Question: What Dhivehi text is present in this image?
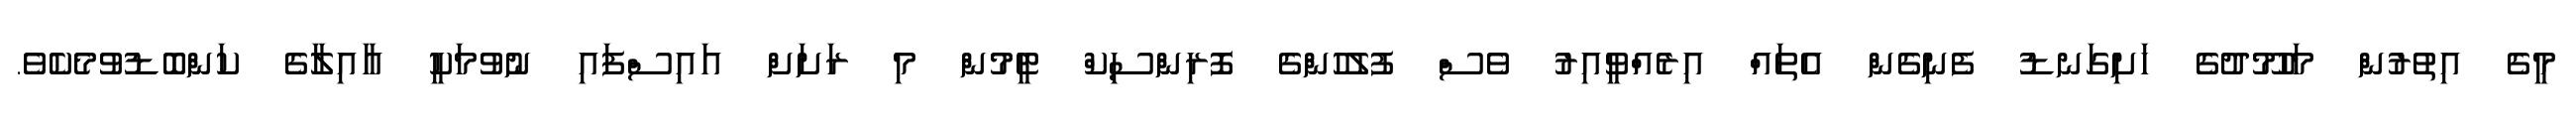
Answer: މީގެ އިތުރުން މަހުމޫދުގެ ހަށިގަނޑު ފެނިގެން އެތައް އިރެއްވީއިރު ވެސް ފުލުހުންގެ ފޮރިންސިކް ޓީމުން މި ރަށަށް އައިސްފައި ނުވުމަކީ އާއިލާގެ ކަންބޮޑުވުމެކެވެ.